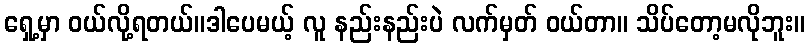
ရှေ့မှာ ဝယ်လို့ရတယ်။ဒါပေမယ့် လူ နည်းနည်းပဲ လက်မှတ် ဝယ်တာ။ သိပ်တော့မလိုဘူး။